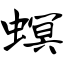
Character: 螟